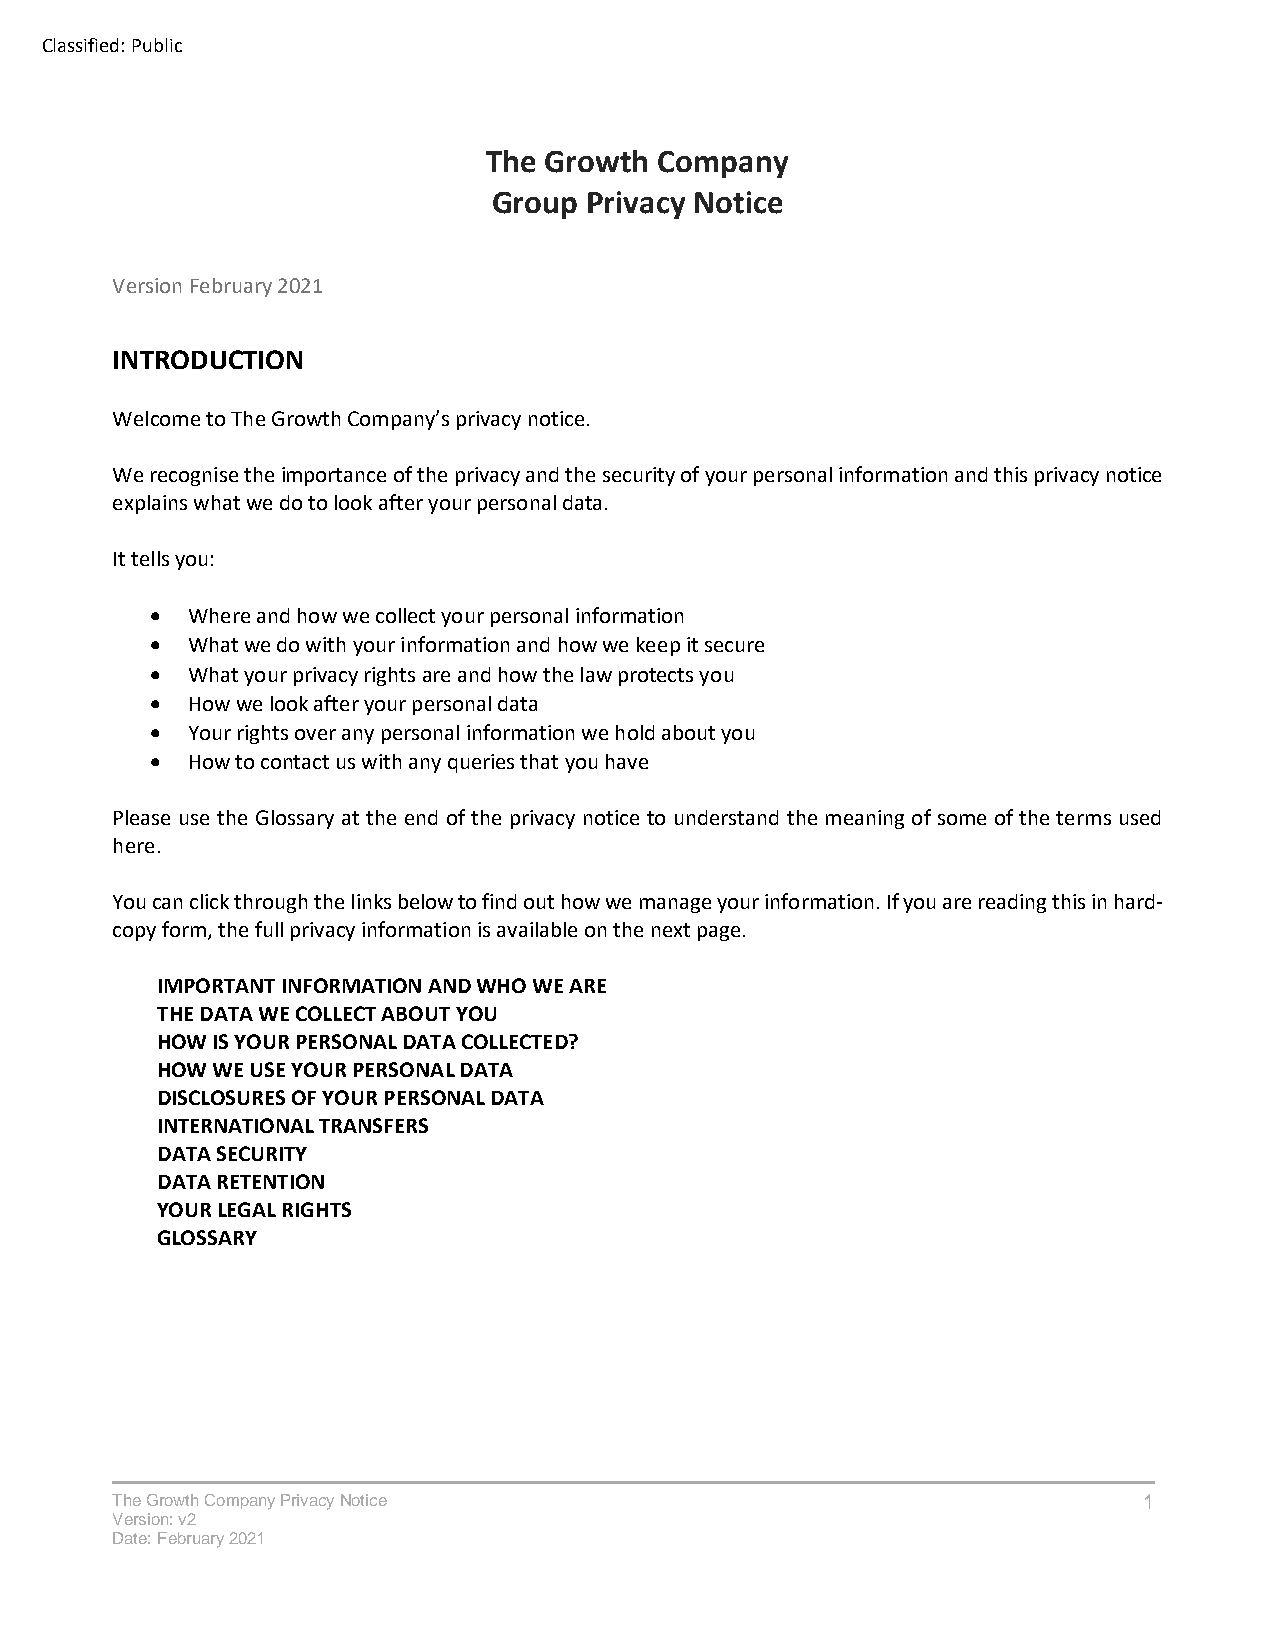
Classified: Public
 The Growth  Company
 Group Privacy Notice
 Version February 2021
 INTRODUCTION
 Welcome to The Growth Company’s privacy notice.
 We recognise the importance of the privacy and the security of your personal information and this privacy notice
 explains what we do to look after your personal data.
 It tells you:
 • Where and how we collect your personal information
 • What we do with your information and how we keep it secure
 • What your privacy rights are and how the law protects you
 • How we look after your personal data
 • Your rights over any personal information we hold about you
 • How to contact us with any queries that you have
 Please use the Glossary at the end of the privacy notice to understand the meaning of some of the terms used
 here.
 You can click through the links below to find out how we manage your information. If you are reading this in hard-
 copy form, the full privacy information is available on the next page.
 IMPORTANT INFORMATION AND WHO WE ARE
 THE DATA WE COLLECT ABOUT YOU
 HOW IS YOUR PERSONAL DATA COLLECTED?
 HOW WE USE YOUR PERSONAL DATA
 DISCLOSURES OF YOUR PERSONAL DATA
 INTERNATIONAL TRANSFERS
 DATA SECURITY
 DATA RETENTION
 YOUR LEGAL RIGHTS
 GLOSSARY
 The Growth Company Privacy Notice                                    1
 Version: v2
 Date: February 2021